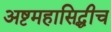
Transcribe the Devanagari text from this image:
अष्टमहासिद्धीच